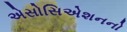
એસોસિએશનનો